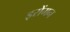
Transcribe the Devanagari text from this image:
इरोंमन